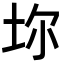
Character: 𡊑